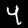
Label: 4